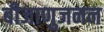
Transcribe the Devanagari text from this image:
बीजाणुजनन